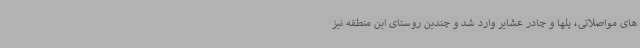
های مواصلاتی، پلها و چادر عشایر وارد شد و چندین روستای این منطقه نیز